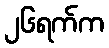
၂၆ရက်က